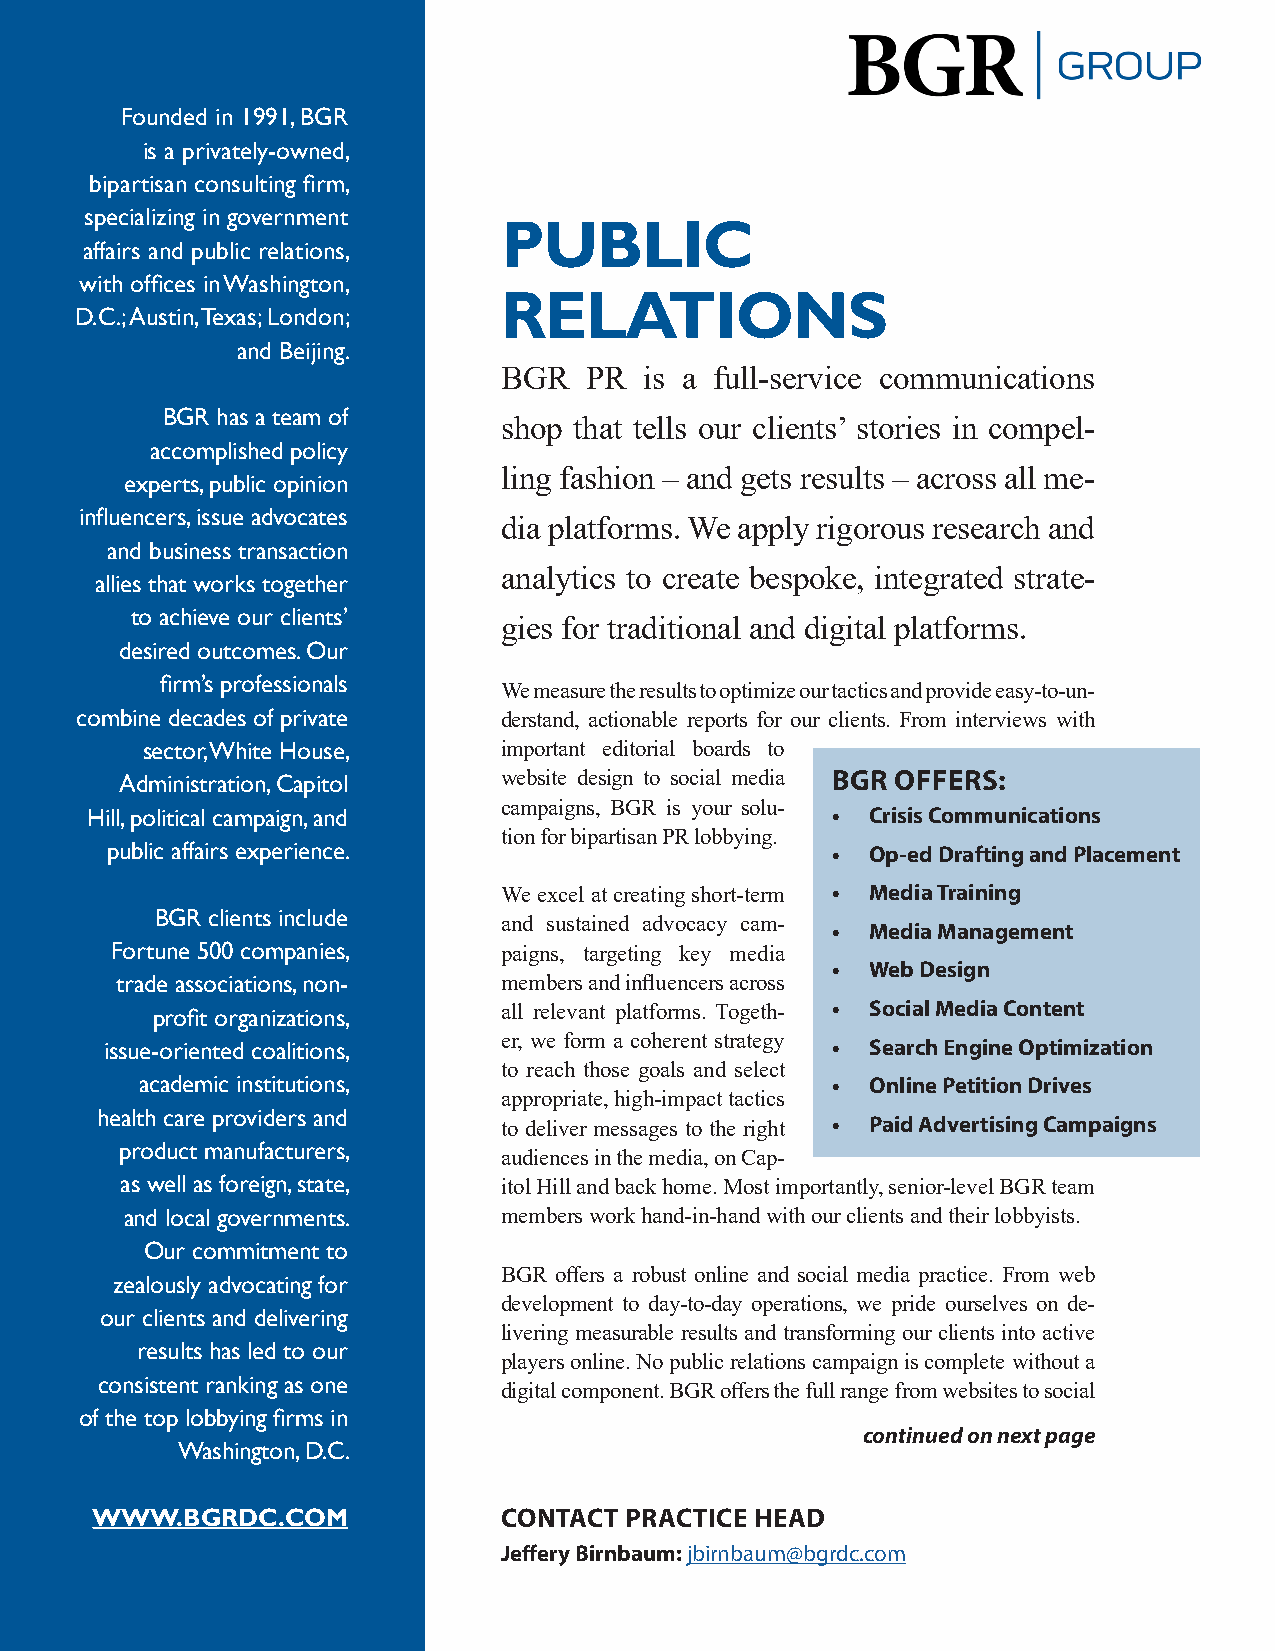
Founded in 1991, BGR
 is a privately-owned,
 bipartisan consulting firm,
 specializing in government
 PUBLIC
 affairs and public relations,
 with offices in Washington,
 RELATIONS
 D.C.; Austin, Texas; London;
 and Beijing.
 BGR   PR  is a full-service communications
 BGR has a team of
 shop that tells our clients’ stories in compel-
 accomplished policy
 ling fashion – and gets results – across all me-
 experts, public opinion
 influencers, issue advocates
 dia platforms. We apply rigorous research and
 and business transaction
 analytics to create bespoke, integrated strate-
 allies that works together
 to achieve our clients’
 gies for traditional and digital platforms.
 desired outcomes. Our
 firm’s professionals
 We measure the results to optimize our tactics and provide easy-to-un-
 combine decades of private  derstand, actionable reports for our clients. From interviews with
 sector, White House,    important editorial boards to
 Administration, Capitol  website design to social media BGR OFFERS:
 campaigns, BGR is your solu-
 Hill, political campaign, and                    •  Crisis Communications
 tion for bipartisan PR lobbying.
 public affairs experience.                      •  Op-ed Drafting and Placement
 We excel at creating short-term • Media Training
 BGR clients include
 and sustained advocacy cam- • Media Management
 Fortune 500 companies,    paigns, targeting key media
 •  Web Design
 trade associations, non- members and influencers across
 profit organizations,  all relevant platforms. Togeth- • Social Media Content
 issue-oriented coalitions, er, we form a coherent strategy • Search Engine Optimization
 to reach those goals and select
 academic institutions,                        •  Online Petition Drives
 appropriate, high-impact tactics
 health care providers and
 to deliver messages to the right • Paid Advertising Campaigns
 product manufacturers,
 audiences in the media, on Cap-
 as well as foreign, state, itol Hill and back home. Most importantly, senior-level BGR team
 and local governments.   members work hand-in-hand with our clients and their lobbyists.
 Our commitment to
 BGR offers a robust online and social media practice. From web
 zealously advocating for
 development to day-to-day operations, we pride ourselves on de-
 our clients and delivering
 livering measurable results and transforming our clients into active
 results has led to our
 players online. No public relations campaign is complete without a
 consistent ranking as one
 digital component. BGR offers the full range from websites to social
 of the top lobbying firms in
 continued on next page
 Washington, D.C.
 WWW.BGRDC.COM              CONTACT PRACTICE HEAD
 Jeffery Birnbaum: jbirnbaum@bgrdc.com